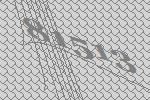
81513